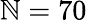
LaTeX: \mathbb{N}=70